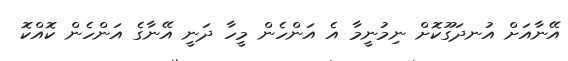
އޭނާއަށް އުނދަގޫކޮށް ނިމުނީމާ އެ އަންހެން މީހާ ދަނީ އޭނާގެ އަންހެން ކޮއްކޮ